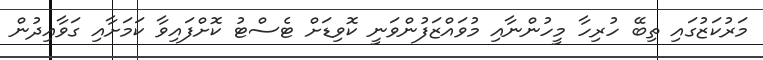
މަރުކަޒުގައި ތިބޭ ހުރިހާ މީހުންނާއި މުވައްޒަފުންވަނީ ކޮވިޑަށް ޓެސްޓު ކޮށްފައިވާ ކަމަށާއި ގަވާއިދުން